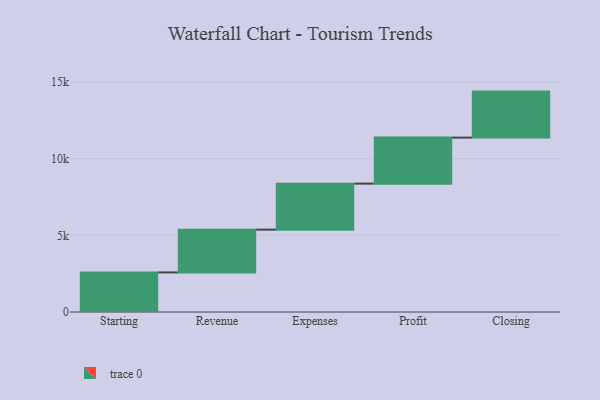
{"axis": {"x": "Step", "y": "Value"}, "legend": [""], "data": [{"x": "Starting", "y": 2580.0, "type": ""}, {"x": "Revenue", "y": 2790.0, "type": ""}, {"x": "Expenses", "y": 3000, "type": ""}, {"x": "Profit", "y": 3000, "type": ""}, {"x": "Closing", "y": 3000, "type": ""}]}